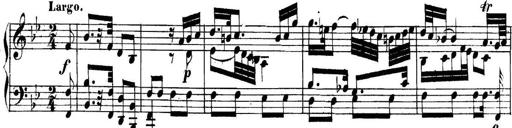
Title: Collected Piano Sonatas
Composer: Muzio Clementi